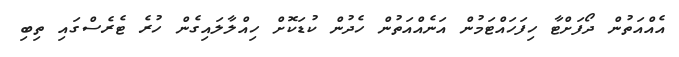
އެއްއަތުން ދޯފަށްޓާ ހިފަހައްޓަމުން އަނެއްއަތުން ހެދުން ކުޑަކޮށް ހިއްލާލައިގެން ހުރެ ޓެރެސްގައި ތިބި